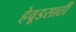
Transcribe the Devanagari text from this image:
हेवूडसाठी